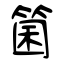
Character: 箘